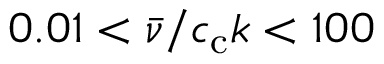
0 . 0 1 < \bar { \nu } / c _ { \mathrm { c } } k < 1 0 0